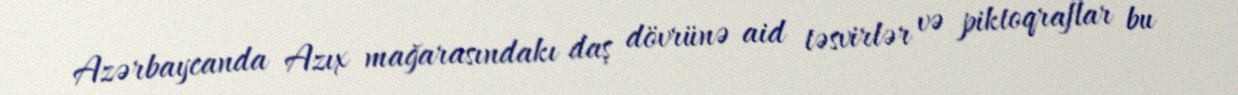
Azərbaycanda Azıx mağarasındakı daş dövrünə aid təsvirlər və piktoqraflar bu